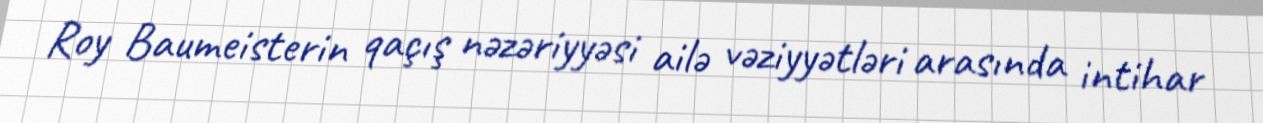
Roy Baumeisterin qaçış nəzəriyyəsi ailə vəziyyətləri arasında intihar